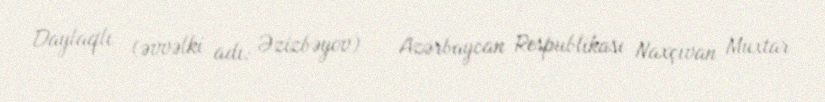
Daylaqlı (əvvəlki adı: Əzizbəyov) — Azərbaycan Respublikası Naxçıvan Muxtar